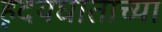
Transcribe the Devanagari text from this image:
हृदयघाताच्या